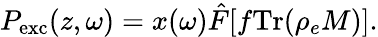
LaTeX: P_{\mathrm{exc}}(z,\omega)=x(\omega)\hat{F}[f\mathrm{Tr}(\rho_{e}M)].